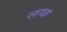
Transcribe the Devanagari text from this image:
लव्ज